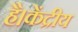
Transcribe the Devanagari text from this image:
है।केंद्रीय